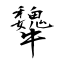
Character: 犩